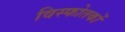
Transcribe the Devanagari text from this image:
विस्फोतकों